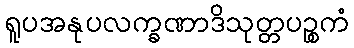
ရူပအနုပလက္ခဏာဒိသုတ္တပဉ္စကံ